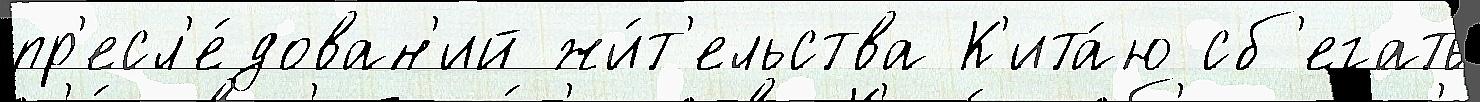
пр'есл'е́дован'ий жи́т'ельства К'ита́ю сб'егать